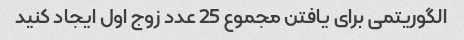
الگوریتمی برای یافتن مجموع 25 عدد زوج اول ایجاد کنید